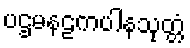
ပဌမနဠကပါနသုတ္တံ